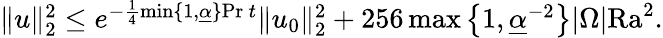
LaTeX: \begin{array}{r}{\| u\| _{2}^{2}\leq e^{-\frac{1}{4}\operatorname*{min}\lbrace 1,\underline{{\alpha}}\rbrace\mathrm{Pr}\phantom{.}t}\| u_{0}\| _{2}^{2}+256\operatorname*{max}\left\lbrace 1,\underline{{\alpha}}^{-2}\right\rbrace|\Omega|\mathrm{{Ra}}^{2}.}\end{array}